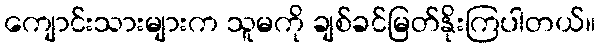
ကျောင်းသားများက သူမကို ချစ်ခင်မြတ်နိုးကြပါတယ်။